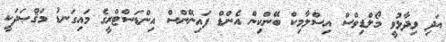
އަދި ވިދާޅުވީ މޯލްޑިވްސް އިސްލާމިކް ބޭންކިން އެންޑް ފައިނޭންސް އިންޑަސްޓްރީގެ މައިގަނޑު މަޤްޞަދަކީ